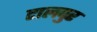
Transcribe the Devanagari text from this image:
टालपुर